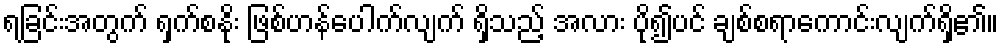
ရခြင်းအတွက် ရှက်စနိုး ဖြစ်ဟန်ပေါက်လျက် ရှိသည့် အလား ပို၍ပင် ချစ်စရာကောင်းလျက်ရှိ၏။